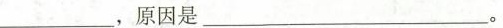
_________，原因是_______________。